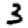
Digit: 3